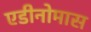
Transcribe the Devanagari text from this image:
एडीनोमास